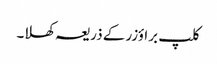
کلپ براؤزر کے ذریعہ کھلا۔